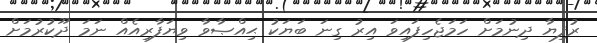
ރުފިޔާ ދިނުމަށް ހަމަޖެހިފައިވަ އިރު ގިނަ ބަޔަކު ޙިއްޞާވާ ވިޔަފާރިއެއް ނަމަ ދޫކުރުމަށް